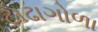
ટાઢાગોળા